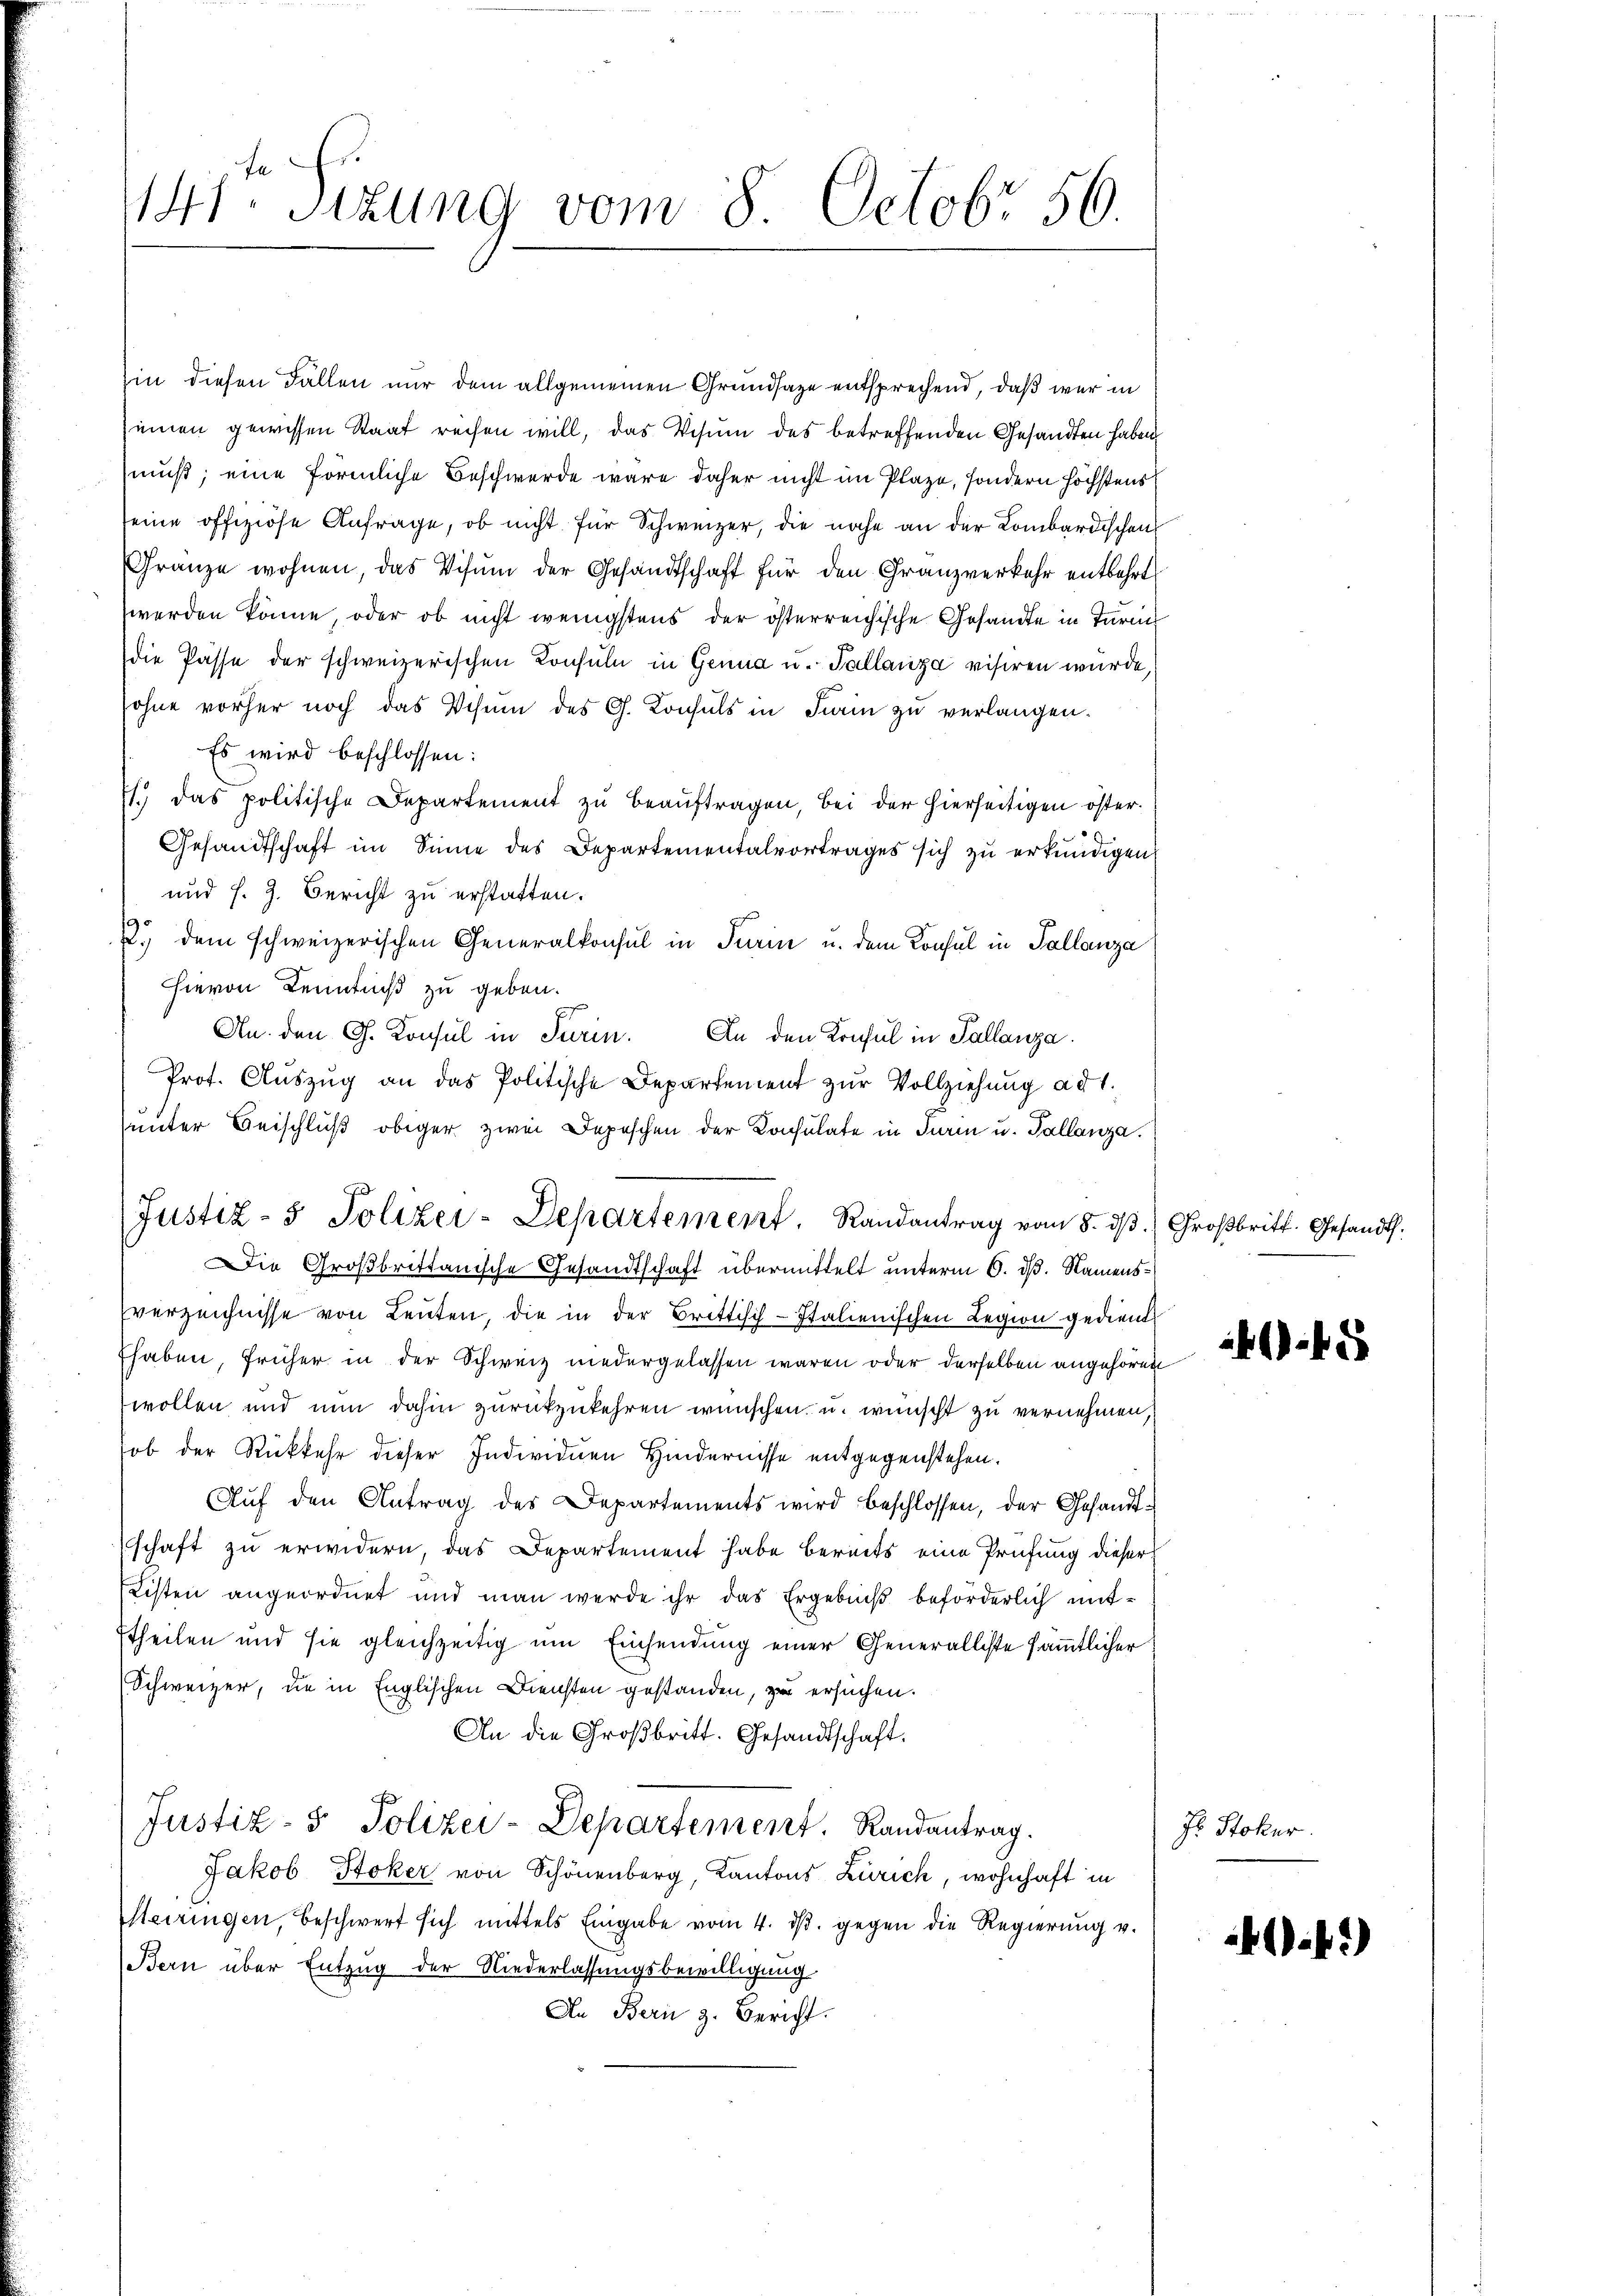
141. Sitzung vom 8. Octobr 56

in diesen Fallen nur dem allgemeinen Grundsaze entsprechend, daß war in
einen gewissen Staat rechen will, das Visum des betreffenden Gesandten haben
muß; eine förmliche Beschwerde wäre daher nicht im Plaze, sondern höchstens
eine offiziöse Anfrage, ob nicht für Schweizer, die nahe an der Lombardischen
Franze wohnen, das Visum der Gesandtschaft für den Franzverkehr entbehrt
werden könne, oder ob nicht wenigstens der österreichische Gesandte in Tari
die Pässe der schweizerischen Konsuln in Genua u. Tallanza visiren wurde,
sohne vorher noch das Visum des G. Konsuls in Frain zu verlangen.
Es wird beschlossen:
1.) Das politische Departement zu beauftragen, bei der hierseitigen öster¬
Gesandtschaft im Sinne des Departementalvortrages sich zu erkundigen
und s. Z. Bericht zu erstatten.
.) dem schweizerischen Generalkonsul in Turin u. dem Konsul in Tallanza
hievon Kenntniß zu geben.
An. den G. Konsul in Turin. An den Konsul in Pallanza
Prot. Auszug an das Politische Departement zur Vollziehung ad 1.
unter Beischluß obiger zwei Depeschen der Consulate in Turin u. Tallanza.
Die Großbrittanische Gesandtschaft übermittelt unterm 6. dß. Namensverzeichnisse von Leuten, die in der Brittisch-Italienischen Legion gedient
haben, früher in der Schweiz niedergelassen waren oder derselben angehören
wollen und nun dahin zurückzukehren wünschen, u. wünscht zu vernehmen.
ob der Rückkehr dieser Individuen Hindernisse entgegenstehen.
Auf den Antrag des Departements wird beschlossen, der Gesandtschaft zu erwidern, das Departement habe bereits eine Prüfung dieser
Listen angeordnet und man werde ihr das Ergebniβ beförderlich mit-
theilen und sie gleichzeitig um Einsendung einer Generalliste sämmtlicher
Schweizer, die in Englischen Diensten gestanden, zu ersuchen.
An die Großbritt. Gesandtschaft.
Justiz- & Polizei-Departement. Randantrag.
Jakob Stoker von Schönenberg, Kantons Zürich, wohnhaft in
Steiringen, beschwert sich mittels Eingabe vom 4. dβ. gegen die Regierŭng v.
Bern über Entzug der Niederlassungsbewilligung
An Bern z. Bericht.

Justiz- & Polizei-Departement. Randantrag vom 5. ds.

Großbritt. Gesandt.

H. Stoker.

8

cf. 2)